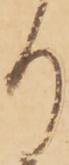
り